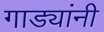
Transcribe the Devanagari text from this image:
गाड्यांनी